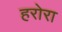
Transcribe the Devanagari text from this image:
हरोरा